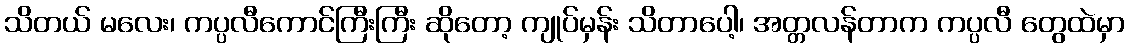
သိတယ် မလေး၊ ကပ္ပလီကောင်ကြီးကြီး ဆိုတော့ ကျုပ်မှန်း သိတာပေါ့၊ အတ္တလန်တာက ကပ္ပလီ တွေထဲမှာ